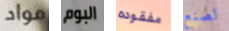
مواد البوم مفقوده لصنع